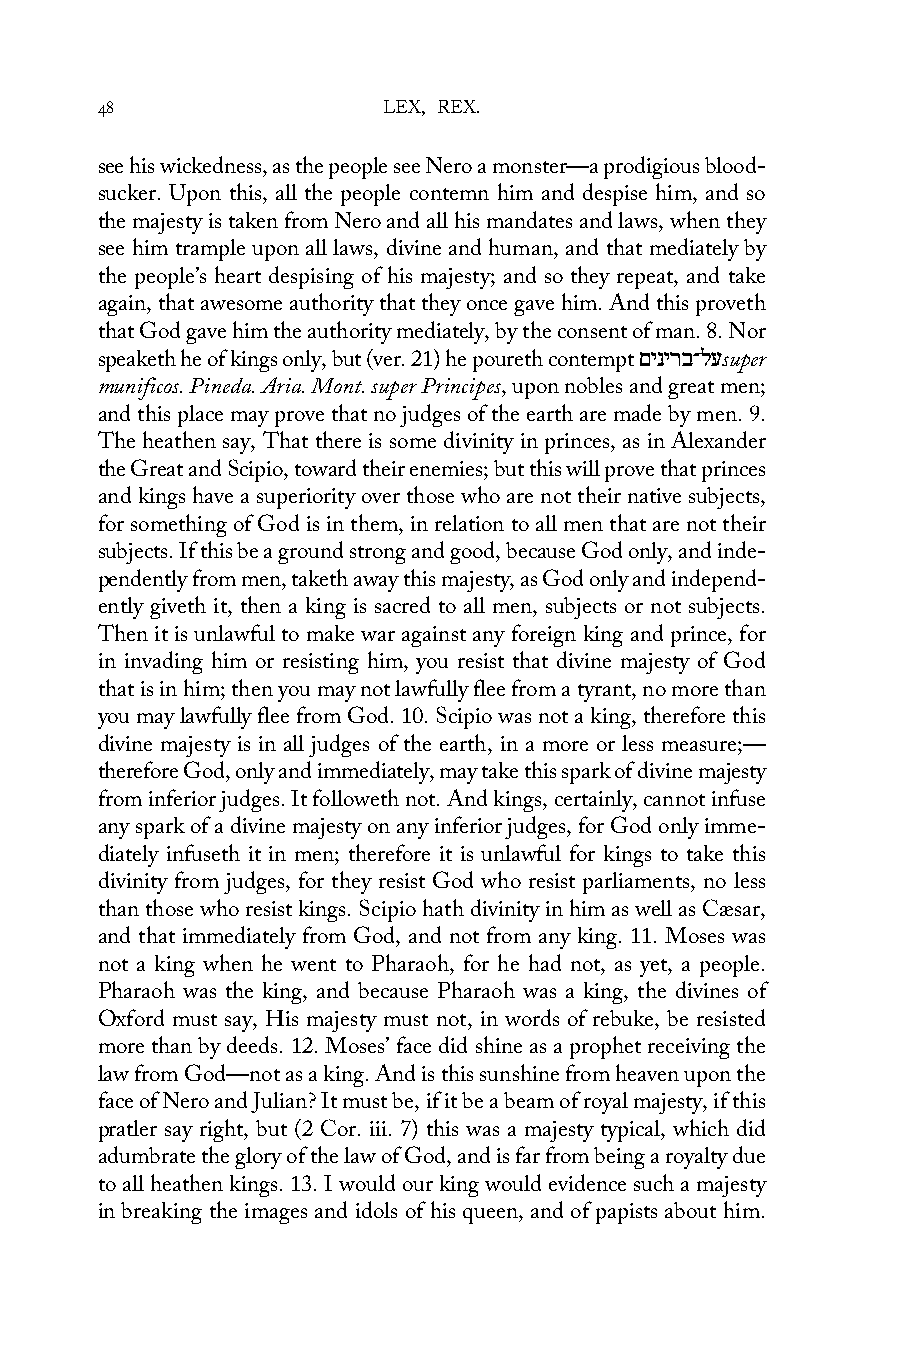
48                 LEX, REX.
 see his wickedness, as the people see Nero a monster—a prodigious blood-
 sucker. Upon this, all the people contemn him and despise him, and so
 the majesty is taken from Nero and all his mandates and laws, when they
 see him trample upon all laws, divine and human, and that mediately by
 the people’s heart despising of his majesty; and so they repeat, and take
 again, that awesome authority that they once gave him. And this proveth
 that God gave him the authority mediately, by the consent of man. 8. Nor
 speaketh he of kings only, but (ver. 21) he poureth contempt םינירב־לעsuper
 munificos. Pineda. Aria. Mont. super Principes, upon nobles and great men;
 and this place may prove that no judges of the earth are made by men. 9.
 The heathen say, That there is some divinity in princes, as in Alexander
 the Great and Scipio, toward their enemies; but this will prove that princes
 and kings have a superiority over those who are not their native subjects,
 for something of God is in them, in relation to all men that are not their
 subjects. If this be a ground strong and good, because God only, and inde-
 pendently from men, taketh away this majesty, as God only and independ-
 ently giveth it, then a king is sacred to all men, subjects or not subjects.
 Then it is unlawful to make war against any foreign king and prince, for
 in invading him or resisting him, you resist that divine majesty of God
 that is in him; then you may not lawfully flee from a tyrant, no more than
 you may lawfully flee from God. 10. Scipio was not a king, therefore this
 divine majesty is in all judges of the earth, in a more or less measure;—
 therefore God, only and immediately, may take this spark of divine majesty
 from inferior judges. It followeth not. And kings, certainly, cannot infuse
 any spark of a divine majesty on any inferior judges, for God only imme-
 diately infuseth it in men; therefore it is unlawful for kings to take this
 divinity from judges, for they resist God who resist parliaments, no less
 than those who resist kings. Scipio hath divinity in him as well as Cæsar,
 and that immediately from God, and not from any king. 11. Moses was
 not a king when he went to Pharaoh, for he had not, as yet, a people.
 Pharaoh was the king, and because Pharaoh was a king, the divines of
 Oxford must say, His majesty must not, in words of rebuke, be resisted
 more than by deeds. 12. Moses’ face did shine as a prophet receiving the
 law from God—not as a king. And is this sunshine from heaven upon the
 face of Nero and Julian? It must be, if it be a beam of royal majesty, if this
 pratler say right, but (2 Cor. iii. 7) this was a majesty typical, which did
 adumbrate the glory of the law of God, and is far from being a royalty due
 to all heathen kings. 13. I would our king would evidence such a majesty
 in breaking the images and idols of his queen, and of papists about him.